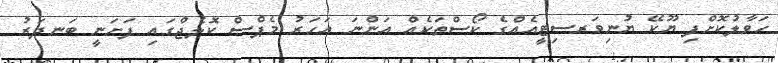
ހަވާލުކޮށްފި ޔޫކޭ ޔުނިވަރސިޓީއެއްގެ ކޯސްތަކެއް އަންނަ އަހަރު މެޕްސް ކޮލެޖްގައި ފަށަނީ ބަނދަރު